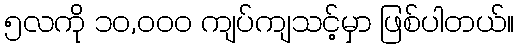
၅လကို ၁၀,၀၀၀ ကျပ်ကျသင့်မှာ ဖြစ်ပါတယ်။